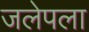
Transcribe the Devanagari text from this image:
जलेपला